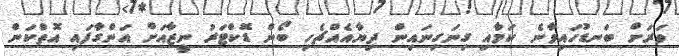
ވަރަށް ބަނޑުހައިވާނެ ކަމާއި ގިނަގިނައިން ދިޔާއެއްޗެހި ބޯން ޑޮކްޓަރު ނީޒާއަށް އަންގާފައި އޮތްކަން